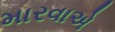
મારવાએ